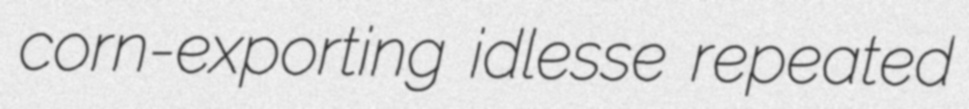
corn-exporting idlesse repeated